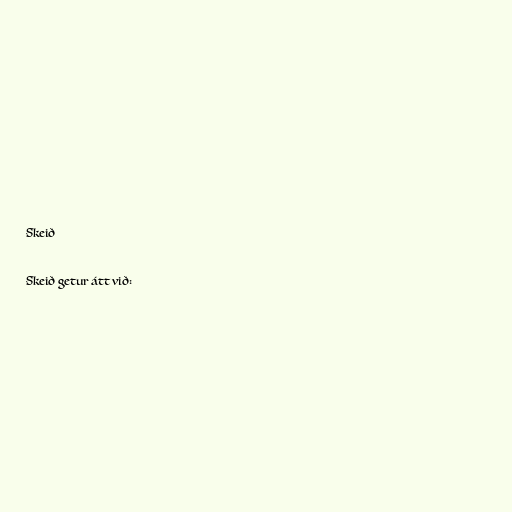
Skeið

Skeið getur átt við: